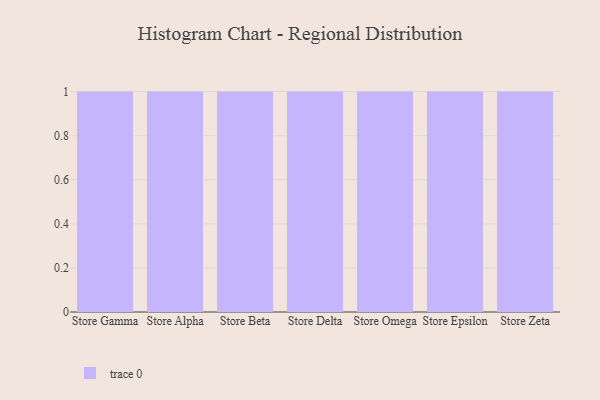
{"axis": {"x": "Store", "y": "Revenue (USD Million)"}, "legend": [""], "data": [{"x": "Store Gamma", "y": 3, "type": ""}, {"x": "Store Alpha", "y": 80, "type": ""}, {"x": "Store Beta", "y": 38, "type": ""}, {"x": "Store Delta", "y": 82, "type": ""}, {"x": "Store Omega", "y": 8, "type": ""}, {"x": "Store Epsilon", "y": 36, "type": ""}, {"x": "Store Zeta", "y": 4, "type": ""}]}